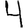
Digit: 4